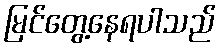
မြင်တွေ့နေရပါသည်